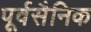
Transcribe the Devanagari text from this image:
पूर्वसैनिक